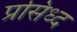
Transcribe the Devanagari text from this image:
प्रसिध्‍द